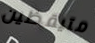
متيقظين